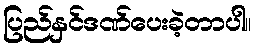
ပြည်နှင်ဒဏ်ပေးခဲ့တာပါ။